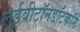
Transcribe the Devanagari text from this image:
लूईवीटॉनडॉटकॉम